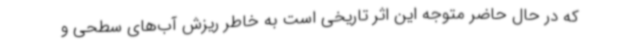
که در حال حاضر متوجه این اثر تاریخی است به خاطر ریزش آب‌های سطحی و